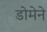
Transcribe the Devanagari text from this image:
डोमेने